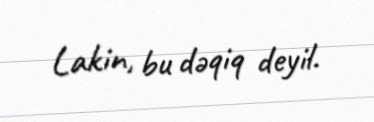
Lakin, bu dəqiq deyil.